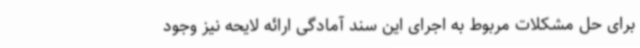
برای حل مشکلات مربوط به اجرای این سند آمادگی ارائه لایحه نیز وجود